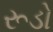
રૂડો